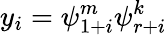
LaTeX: y_{i}=\psi_{1+i}^{m}\psi_{r+i}^{k}